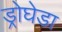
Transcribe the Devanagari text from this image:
ड्रोघेडा